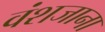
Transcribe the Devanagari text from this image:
वंशजाना